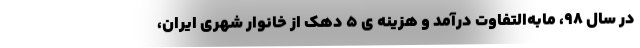
در سال 98، مابه­التفاوت درآمد و هزینه­ ی 5 دهک از خانوار شهری ایران،